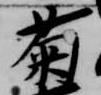
菊